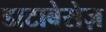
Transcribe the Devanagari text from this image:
डाटाबेसेज़